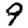
Digit: 9